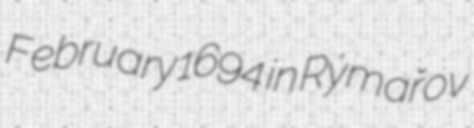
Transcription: February 1694 in Rýmařov